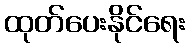
ထုတ်ပေးနိုင်ရေး